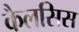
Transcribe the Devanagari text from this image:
कैलसिस